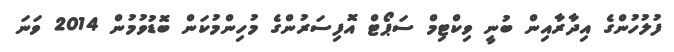
ފުލުހުންގެ އިދާރާއިން ބުނީ ވިކްޓިމް ސަޕޯޓް އޮފިސަރުންގެ މުހިންމުކަން ބޮޑުވުމުން 2014 ވަނަ